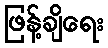
ဖြန့်ချိရေး